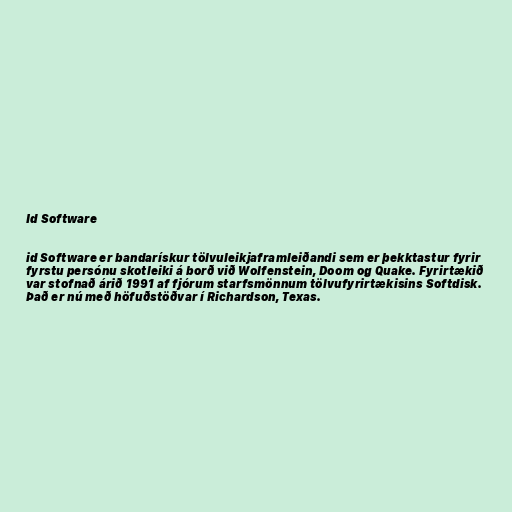
Id Software

id Software er bandarískur tölvuleikjaframleiðandi sem er þekktastur fyrir
fyrstu persónu skotleiki á borð við Wolfenstein, Doom og Quake. Fyrirtækið
var stofnað árið 1991 af fjórum starfsmönnum tölvufyrirtækisins Softdisk.
Það er nú með höfuðstöðvar í Richardson, Texas.